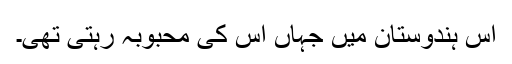
اُس ہندوستان میں جہاں اُس کی محبوبہ رہتی تھی۔